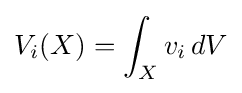
V_{i}(X)=\int _{X}v_{i}\,dV